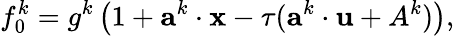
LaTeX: f_{0}^{k}=g^{k}\left(1+\textbf{a}^{k}\cdot\textbf{x}-\tau(\textbf{a}^{k}\cdot\textbf{u}+A^{k})\right),